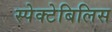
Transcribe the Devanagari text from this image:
स्पेक्टेबिलिस